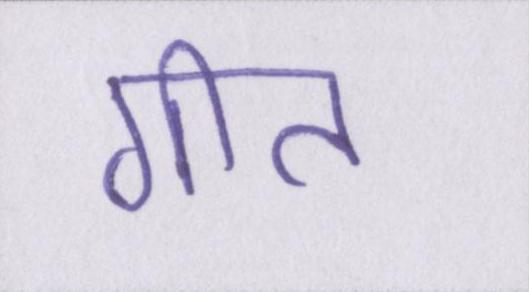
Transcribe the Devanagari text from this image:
गीत